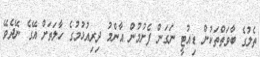
ތެލުގެ ބާވަތްތަކުން ޑިއުޓީ ނަގަން ފެށުމުން އާންމު ދިރިއުޅުމުގެ ހާލަތަށް އޭގެ ނޭދެވޭ